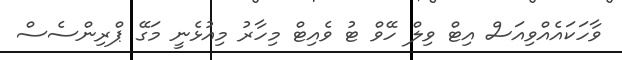
ވާހަކައެއްވިއަސް އިޓް ވިލް ހޭވް ޓު ވެއިޓް މިހާރު މިއުޅެނީ މަގޭ ޕްރިންސެސް